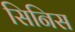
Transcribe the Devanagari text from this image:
सिनिस